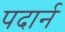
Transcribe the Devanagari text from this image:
पदार्न